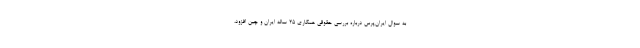
به سوال ایران‌پرس درباره بررسی حقوقی همکاری 25 ساله ایران و چین افزود،